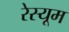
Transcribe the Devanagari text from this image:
रेस्यूम